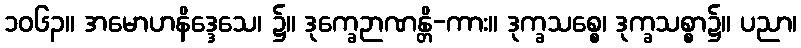
၁၀၆၃။ အမောဟနိဒ္ဒေသေ၊ ၌။ ဒုက္ခေဉာဏန္တိ-ကား။ ဒုက္ခသစ္စေ၊ ဒုက္ခသစ္စာ၌။ ပညာ၊